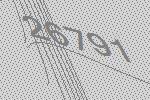
26791